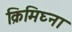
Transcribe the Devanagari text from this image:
क्रिमिघ्ना